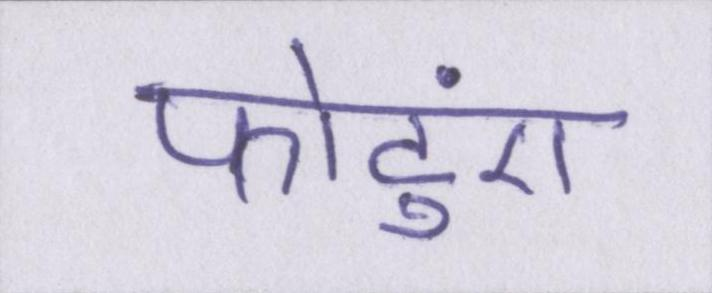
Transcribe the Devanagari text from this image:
फोटुएं